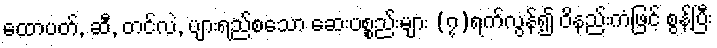
ထောပတ်, ဆီ, တင်လဲ, ပျားရည်စသော ဆေးပစ္စည်းများ (၇)ရက်လွန်၍ ဝိနည်းကံဖြင့် စွန့်ပြီး